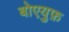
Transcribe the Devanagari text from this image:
बोएयुफ़